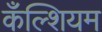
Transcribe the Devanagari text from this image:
कँल्शियम